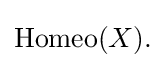
{\textstyle \operatorname {Homeo} (X).}